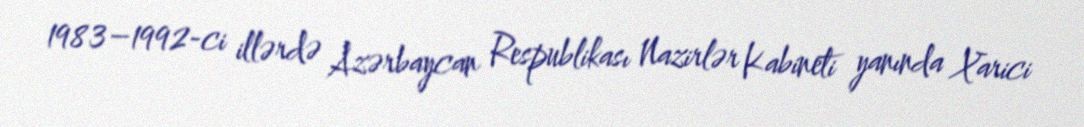
1983–1992-ci illərdə Azərbaycan Respublikası Nazirlər Kabineti yanında Xarici